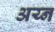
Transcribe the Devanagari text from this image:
अय्न